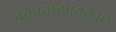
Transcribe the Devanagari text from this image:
प्रकारासारखेच